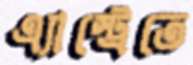
এ্যাস্ট্রেতে